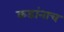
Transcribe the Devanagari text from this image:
कडांनाच